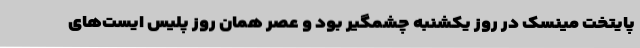
پایتخت مینسک در روز یکشنبه چشمگیر بود و عصر همان روز پلیس ایست‌های